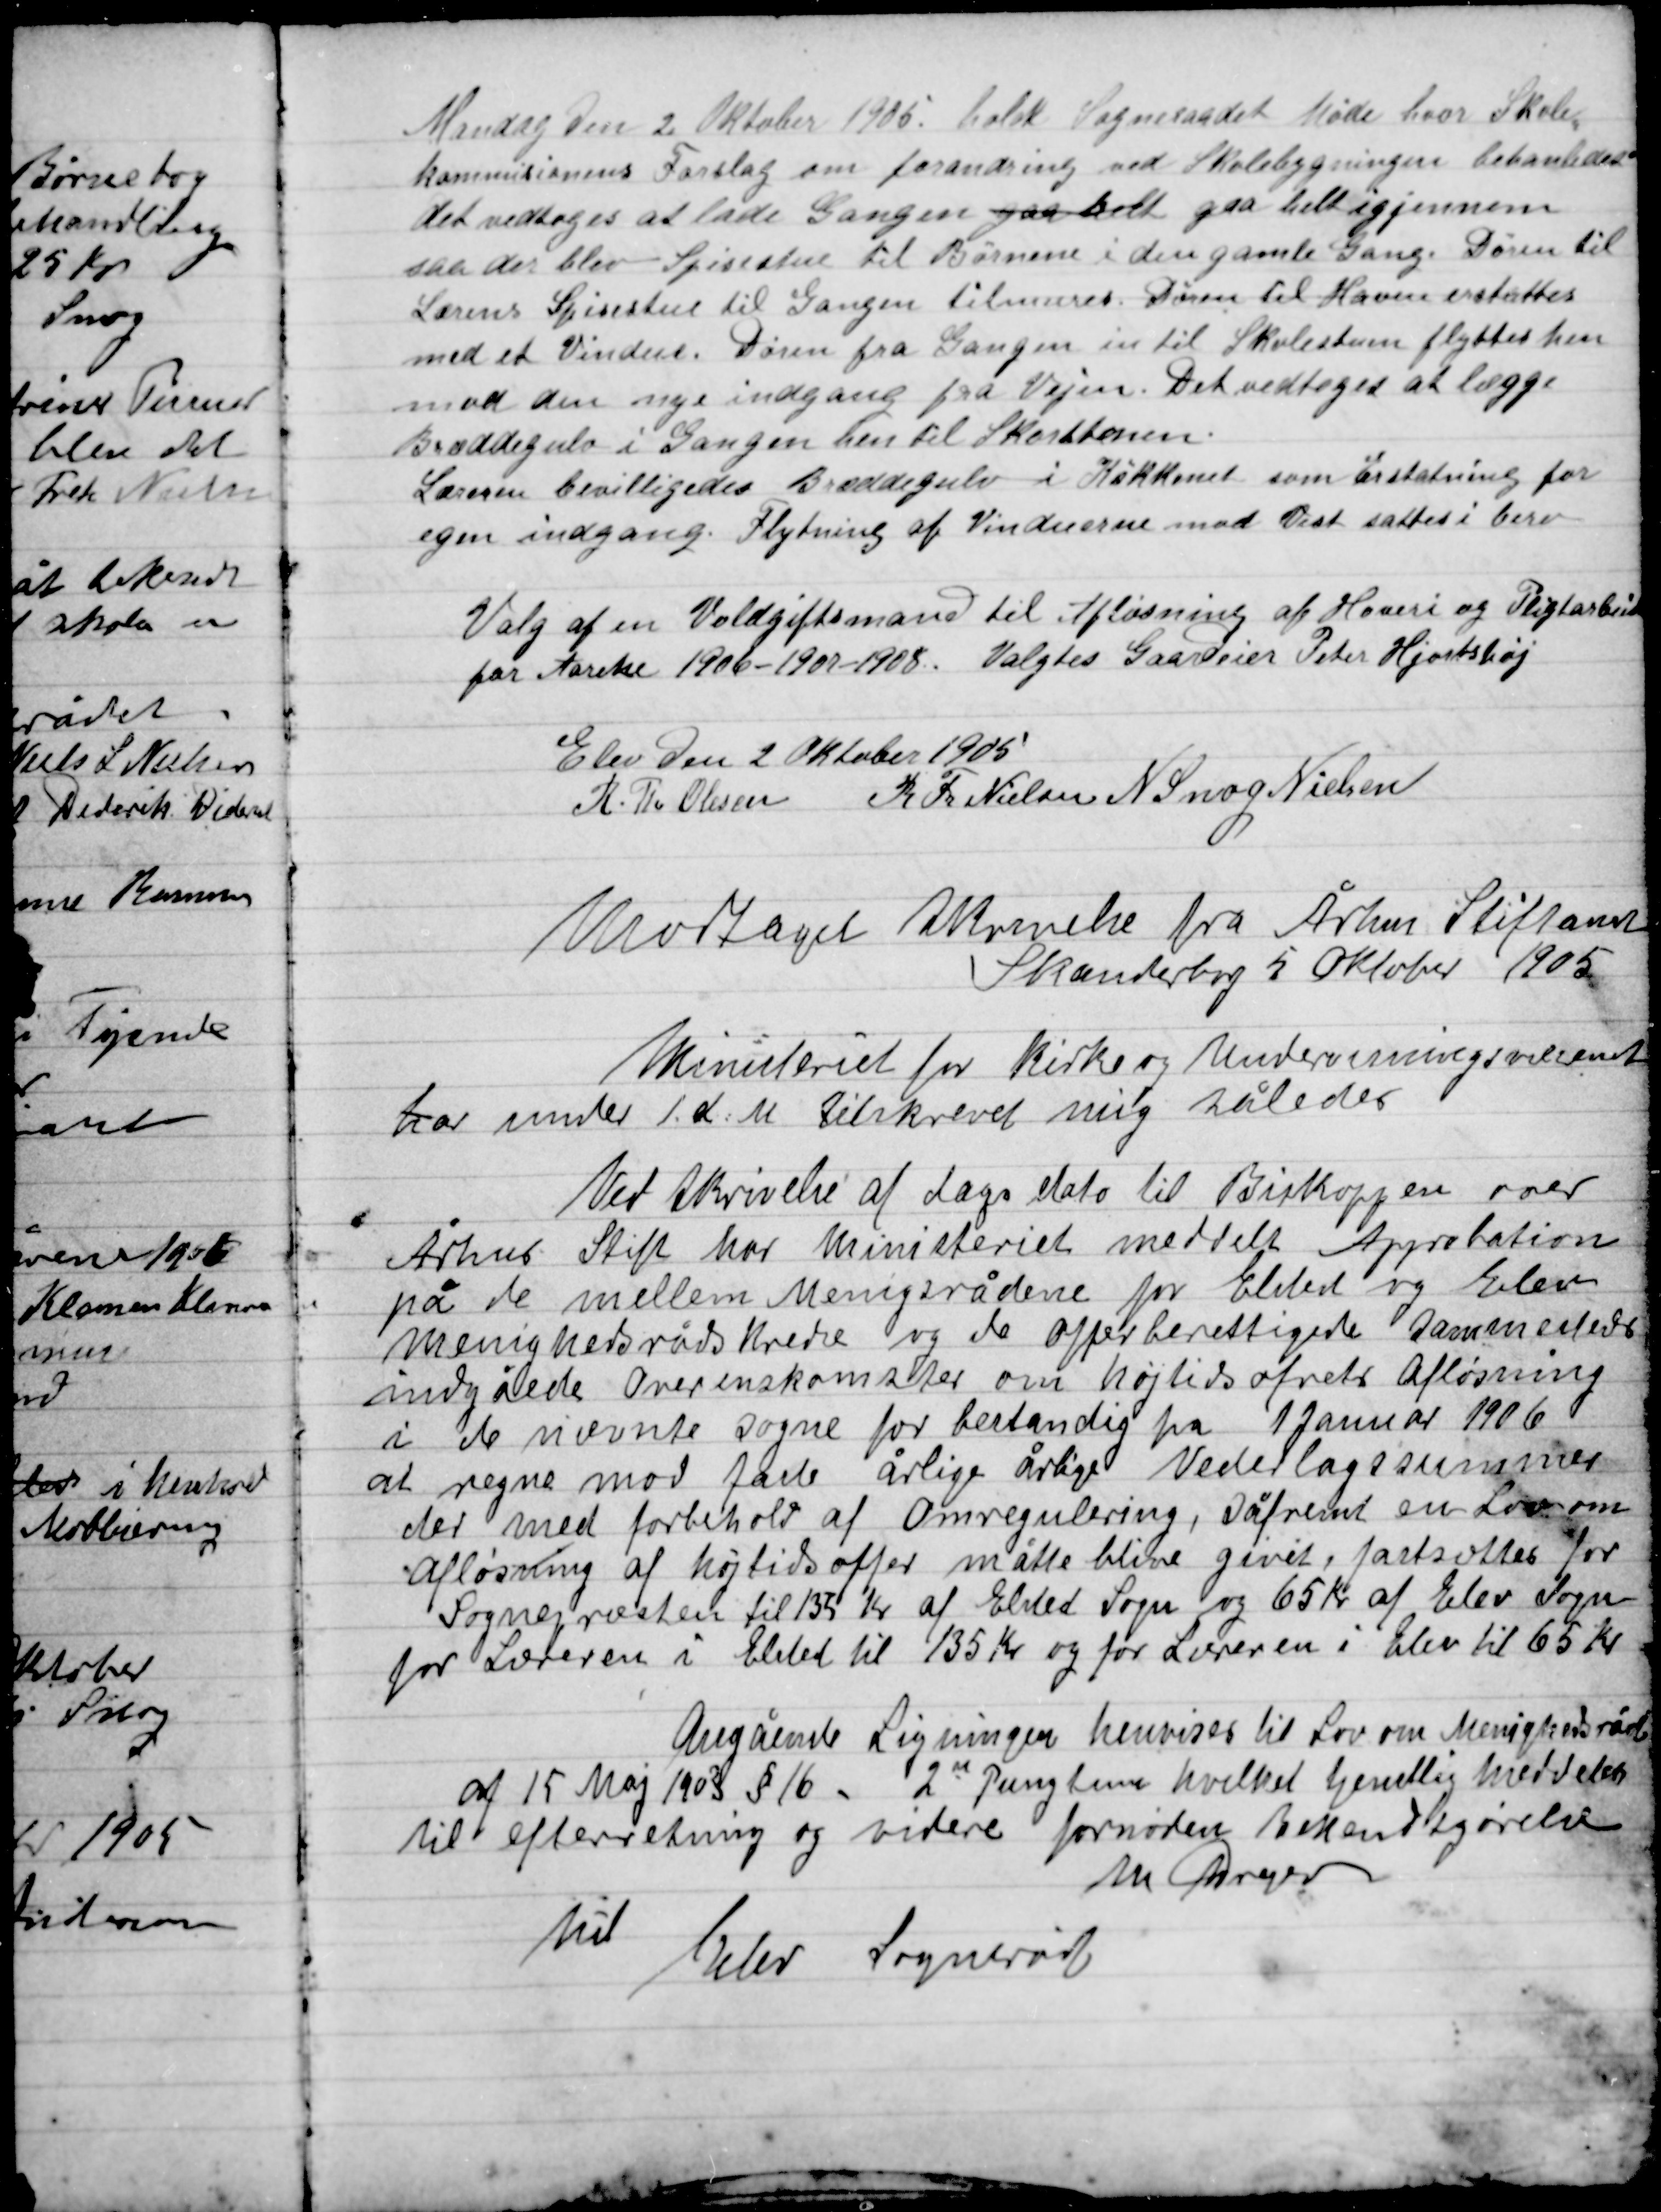
Transskription:
Mandag den 2. Oktober 1905 holdt Sognerådet Møde hvor Skole-
kommissionens Forslag om forandring ved Skolebygningen behandles
det vedtoges at lade gangen gaa helt gaa helt igjemmen
saa der blev Spisestue til børnene i den gamle Gang. Døren til
Lærens Spisestue til Gangen tilmures Døren til Haven erstattes
Med et Vindue. Døren fra Gangen in til Skolestuen flyttes hen
Mod den nye indgang fra Vejen. Det vedtoges at lægge
Bræddegulv i Gangen hen til Skortbanen.
Lærens bevilligedes Bræddegulv i Køkkenet som Erstatning for
Egen indgang. Flytning af Vinduerne mod vest sattes i bero.

Valg af en Voldgiftsmand til Afløsning af Hoveri og Pligtarbejde
for Aarene 1906-1907 Valgtes Gaardejer Peter Hjortshøj

Elev den 2 Oktober 1905

R. Th. Olsen
K Th. Nielsen
N. Snog Nielsen

Modtaget skrivelse fra Århus Stiftsamt
Skanderborg 5. Oktober 1905

Ministeriet for Kirke og Undervisningsvæsenet
Har under 1 d. M. Tilskrevet mig således
Ved skrivelse af dags dato til Biskoppen over
Århus Stift har Ministeriet meddelt Approbation
på de mellem Meningsrådene for Elsted og Elev
menighedsrådskredse og de offerberettigede sammede
indgåede Overenskomster om højtidsofrets Afløsning
i de nævnte sogne for bestandig fra 1 Januar 1906
at regne mod faste årlige årlige Vederlagssummer
der med forbehold af Omregulering, såfremt en Lov om
Afløsning af højtidsoffer måtte blive givet, fastsættes for
Sogneraadet til 135 Kr. af Elsted Sogn og 65 Kr. af Elev Sogn
for Lærerne i Elsted til 135 Kr. og for Lærerne i Elev til 65 Kr.
 Angående Ligningen henvises til Lov om Menighedsråd
af 15 Maj 1903 § 16. 2” Pungtum hvilket tjenestelig meddeles
til efterretning og videre fornøden bekendtgørelse
M Dreyer
Til
Elev Sogneråd